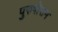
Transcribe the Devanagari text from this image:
पुरुषॊत्तम